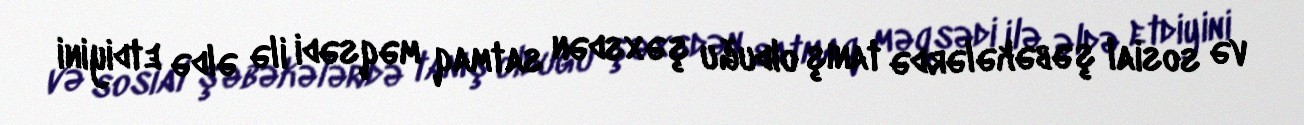
və sosial şəbəkələrdə tanış olduğu şəxsdən satmaq məqsədi ilə əldə etdiyini